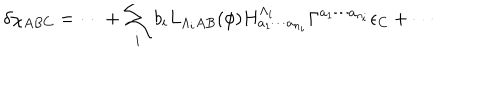
LaTeX: \delta \chi _ { A B C } = \cdots + \sum _ { i } b _ { i } L _ { \Lambda _ { i } A B } ( \phi ) H _ { a _ { 1 } \cdots a _ { n _ { i } } } ^ { \Lambda _ { i } } \Gamma ^ { a _ { 1 } \cdots a _ { n _ { i } } } \epsilon _ { C } + \cdots